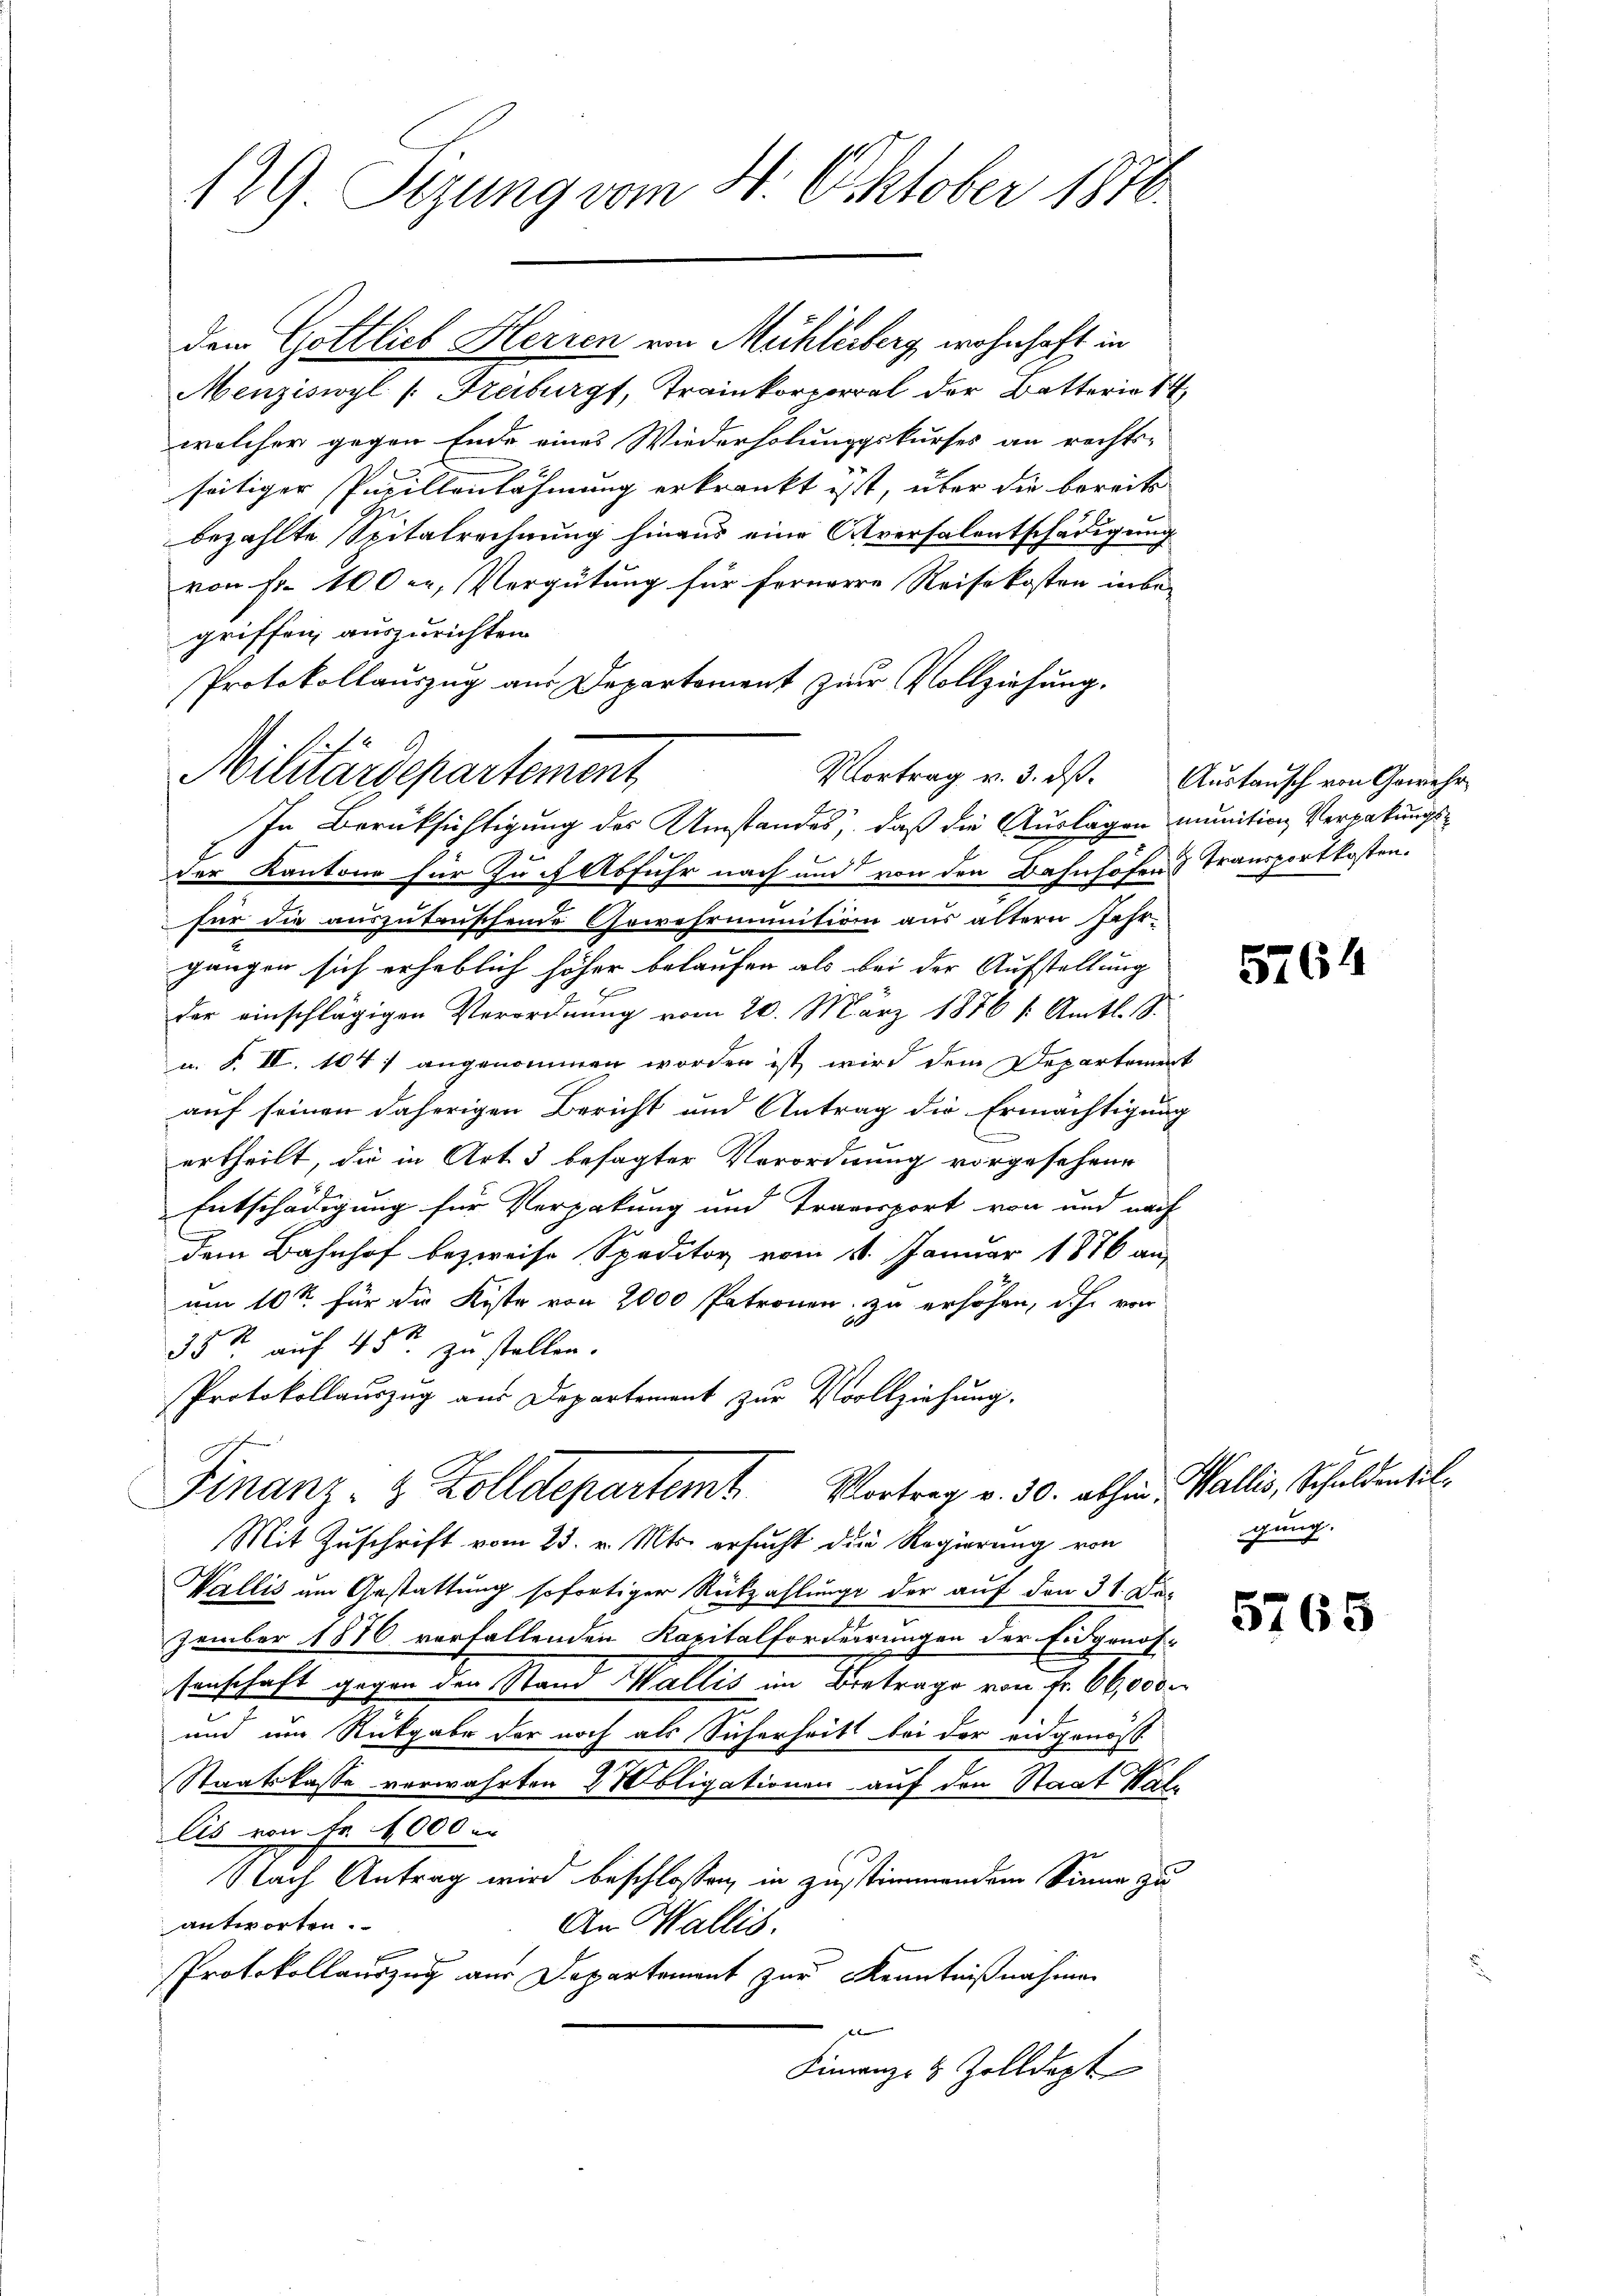
129 Sizung vom 4. Oktober 1876.

dem Gottlieb Herren von Mühlerberg, wohnhaft in
Menziswyl /: Freiburg, Trainkorporel der Batteria 14
welcher gegen Ende eines Wiederholungskurses an rechts-
seitiger Pavillenlähmung erkrankt ist, über die bereits
bezahlte Spitalrechnung hinaus eine Aversalentschädigung
von Fr. 100 er, Vergütung für fernere Reisekosten inbegriffen auszurichten.
Protokollauszug aus Departement zur Vollziehung.
In Berüksichtigung des Umstandes, daß die Auslagen munition Vergabungsder Kantone für Zucht Abfuhr nach und von den Bahnhöfen & Transportkosten.
für die auszutrischende Gewehrmunition aus ältern Jahr-
gangen sich erheblich höher belaufen als bei der Aufstellung
6
der einschlägigen Verordnung vom 20. März 1876 /: Amtl. S.
u. F. II. 1047 angenommen worden ist wird dem Departement
auf seinen daherigen Bericht und Antrag die Ermächtigung
ertheilt, die in Art. 3 besagter Verordnung vorgesehene
Entschädigung für Verpakung und Travesport von und nach
dem Bahnhof bezweife Speditor vom 11. Januar 1876 an
um 10te für die Kiste von 2000 Patronen, zu erhöhen, doch von
35 k auf 45 Fr. zu stellen.
Protokollauszug aus Departement zur Vollziehung.
Finanz- & Zolldepartemt. Vortrag v. 30. abhin, Wallis, Schuldentil¬
Mit Zuschrift vom 23. v. Mts. ersucht die Regierung von
1
Wallis um Gestattung sofortiger Rückzahlung der auf den 31. Dezember 1876 verfallenden Kapitalforderrungen der Eidgenös-
senschaft gegen den Stand Wallis im Betrage von Fr. 60,000
und um Rückgabe der noch als Sicherheit bei der eidgenoss
Staatskasse verwahrten 2 bligationen auf den Staat Kallis von Fr. 4,000.
Nach Antrag wird beschlossen, in zustimmendem Sinne zu
antworten.
An Wallis.
Protokollauszug aus Departement zur Kenntnißnahmen
e
Finanz- & Zolldept

Militärdepartement

Vortrag v. 3. ds. Austausch von Gewehr

5764

gung.

5765